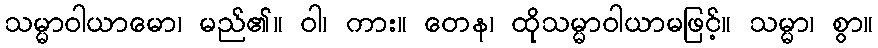
သမ္မာဝါယာမော၊ မည်၏။ ဝါ၊ ကား။ တေန၊ ထိုသမ္မာဝါယာမဖြင့်။ သမ္မာ၊ စွာ။